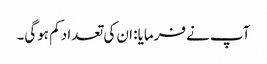
آپ نے فرمایا: ان کی تعداد کم ہوگی۔